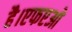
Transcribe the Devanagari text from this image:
है।एफएओ